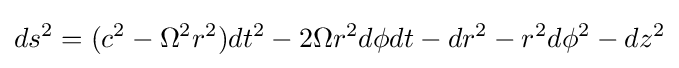
ds^{2}=(c^{2}-\Omega ^{2}r^{2})dt^{2}-2\Omega r^{2}d\phi dt-dr^{2}-r^{2}d\phi ^{2}-dz^{2}